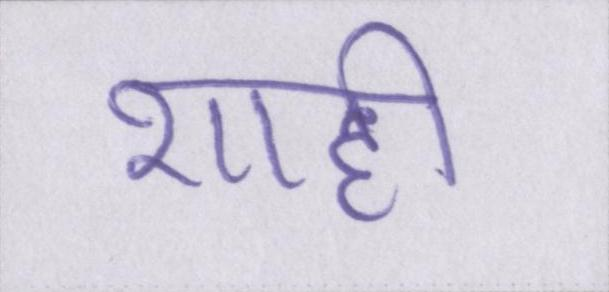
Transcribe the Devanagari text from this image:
शाही